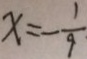
x = - \frac { 1 } { 9 }